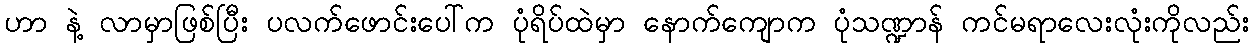
ဟာ နဲ့ လာမှာဖြစ်ပြီး ပလက်ဖောင်းပေါ်က ပုံရိပ်ထဲမှာ နောက်ကျောက ပုံသဏ္ဍာန် ကင်မရာလေးလုံးကိုလည်း